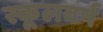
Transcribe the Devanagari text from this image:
स्कूलवर्ष